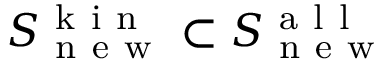
S _ { \mathrm { ~ n ~ e ~ w ~ } } ^ { \mathrm { ~ k ~ i ~ n ~ } } \subset S _ { \mathrm { ~ n ~ e ~ w ~ } } ^ { \mathrm { ~ a ~ l ~ l ~ } }